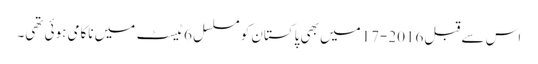
اس سے قبل 2016-17میں بھی پاکستان کو مسلسل 6ٹیسٹ میں ناکامی ہوئی تھی۔